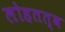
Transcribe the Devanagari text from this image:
लोहतत्व